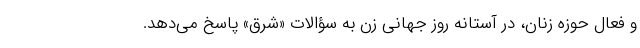
و فعال حوزه زنان، در آستانه روز جهانی زن به سؤالات «شرق» پاسخ می‌دهد.